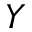
Y